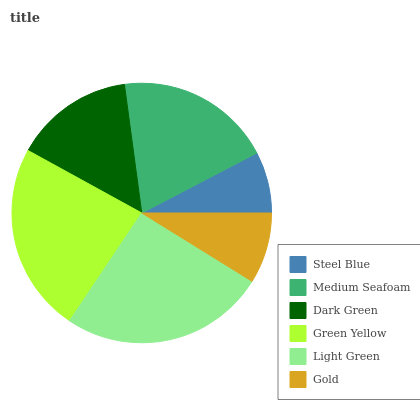
| Steel Blue | Medium Seafoam | Dark Green | Green Yellow | Light Green | Gold |
 | --- | --- | --- | --- | --- | --- |
 | 7.64% | 19.4% | 14.9% | 23.6% | 25.6% | 8.82% |